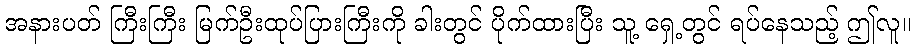
အနားပတ် ကြီးကြီး မြက်ဦးထုပ်ပြားကြီးကို ခါးတွင် ပိုက်ထားပြီး သူ့ ရှေ့တွင် ရပ်နေသည့် ဤလူ။